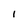
Character: I